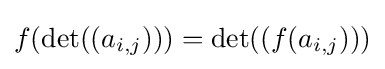
f(\det((a_{i,j})))=\det((f(a_{i,j})))